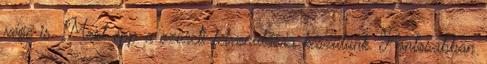
vége is. Most épp a szüreti felvonulásra készülünk. Pontosabban